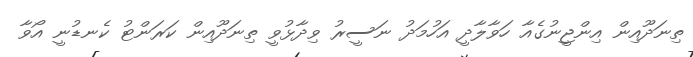
ތިނަދޫއިން އިންޖީނުގެއާ ހަވާލާދީ އަހުމަދު ނަސީރު ވިދާޅުވީ ތިނަދޫއިން ކަރަންޓު ކެނޑުނީ އޯވާ